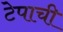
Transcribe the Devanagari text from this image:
टेपाची